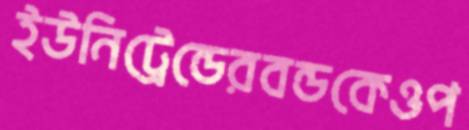
ইউনিট্রেন্ডেরবন্ডকেওপ